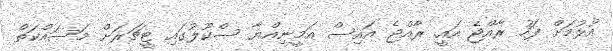
އުޅުމަށް ފަހު ރާއްޖެ އައީ. ރާއްޖެ އައިސް އަމީނިއްޔާ ސްކޫލުގައި ޓީޗަރަށް މަސައްކަތް